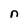
Character: n